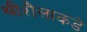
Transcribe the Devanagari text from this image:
श्रीशैलाकडे